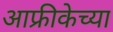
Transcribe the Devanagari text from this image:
आफ्रीकेच्या